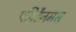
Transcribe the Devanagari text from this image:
एपिडैनमस